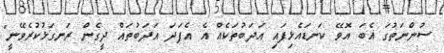
ސުންނަތުގަ އެބަ އޮވޭ ކަނޑައެޅިފައި އަދަބުތަކެއް އެ އެފަދަ އަދަބުތައް ދީގެން ރަނގަޅުކުރެވޭނީ"